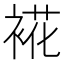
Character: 𮖏